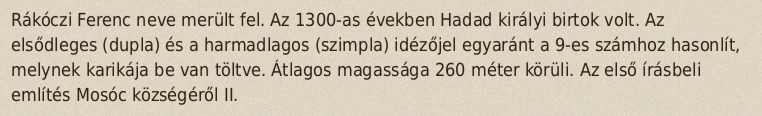
Rákóczi Ferenc neve merült fel. Az 1300-as években Hadad királyi birtok volt. Az elsődleges (dupla) és a harmadlagos (szimpla) idézőjel egyaránt a 9-es számhoz hasonlít, melynek karikája be van töltve. Átlagos magassága 260 méter körüli. Az első írásbeli említés Mosóc községéről II.